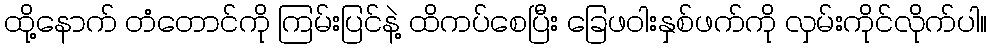
ထို့နောက် တံတောင်ကို ကြမ်းပြင်နဲ့ ထိကပ်စေပြီး ခြေဖဝါးနှစ်ဖက်ကို လှမ်းကိုင်လိုက်ပါ။